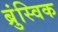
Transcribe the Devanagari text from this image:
ब्रुंस्विक